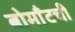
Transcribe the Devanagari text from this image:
बोमाँटची